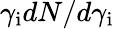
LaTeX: \gamma_{\mathrm{i}}dN/d\gamma_{\mathrm{i}}